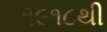
૧૯૧૮થી